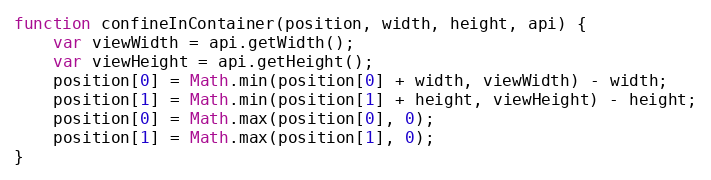
Language: JavaScript
function confineInContainer(position, width, height, api) {
    var viewWidth = api.getWidth();
    var viewHeight = api.getHeight();
    position[0] = Math.min(position[0] + width, viewWidth) - width;
    position[1] = Math.min(position[1] + height, viewHeight) - height;
    position[0] = Math.max(position[0], 0);
    position[1] = Math.max(position[1], 0);
}